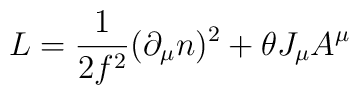
L = {1\over {2{f}^{2}}} (\partial_{\mu}n)^{2} + \theta J_{{\mu}} A^{\mu}